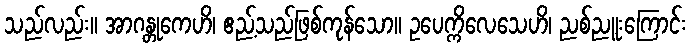
သည်လည်း။ အာဂန္တုကေဟိ၊ ဧည့်သည်ဖြစ်ကုန်သော။ ဥပေက္ကိလေသေဟိ၊ ညစ်ညူးကြောင်း